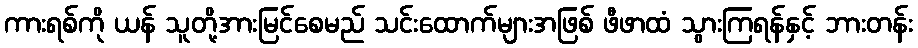
ကားရစ်ကို ယန် သူတို့အားမြင်စေမည် သင်းထောက်များအဖြစ် ဖီဖာထံ သွားကြရန်နှင့် ဘားတန်း